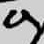
Text: 9